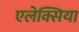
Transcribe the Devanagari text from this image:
एलेक्सिया